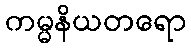
ကမ္မနိယတရော